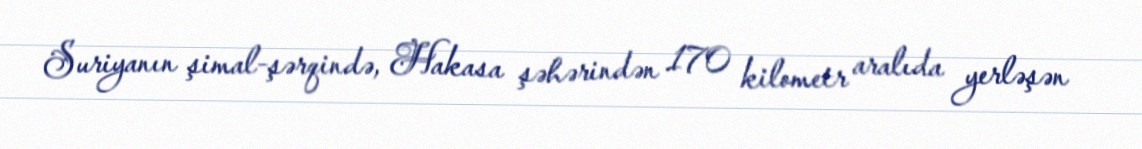
Suriyanın şimal-şərqində, Hakasa şəhərindən 170 kilometr aralıda yerləşən